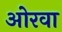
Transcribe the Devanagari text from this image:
ओरवा